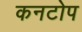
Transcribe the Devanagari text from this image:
कनटोप